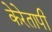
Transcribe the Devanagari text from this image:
केरेतापी